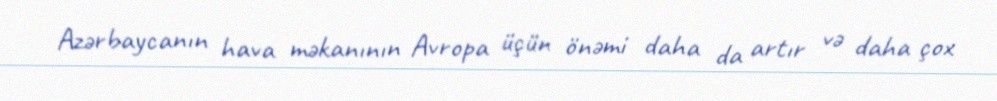
Azərbaycanın hava məkanının Avropa üçün önəmi daha da artır və daha çox